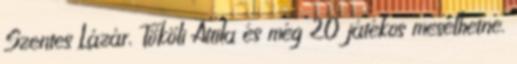
Szentes Lázár, Tököli Attila és még 20 játékos mesélhetne.